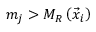
m _ { j } > M _ { R } \left( \vec { x } _ { i } \right)